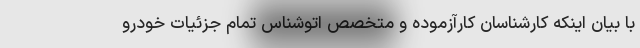
با بیان اینکه کارشناسان کارآزموده و متخصص اتوشناس تمام جزئیات خودرو